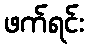
ဖက်ရင်း